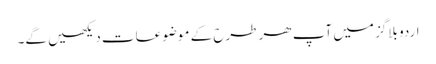
اردو بلاگز میں آپ ھر طرح کے موضوعات دیکھیں گے۔